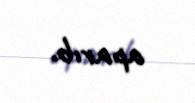
aparıb.